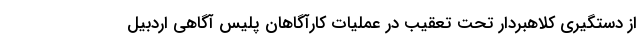
از دستگیری کلاهبردار تحت تعقیب در عملیات کارآگاهان پلیس آگاهی اردبیل